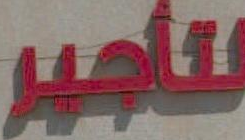
لتأجير